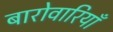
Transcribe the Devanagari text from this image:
बारोवारियाँ